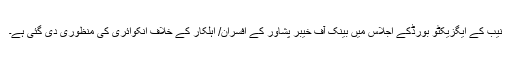
نیب کے ایگزیکٹو بورڈکے اجلاس میں بینک آف خیبر پشاور کے افسران/ اہلکار کے خلاف انکوائری کی منظوری دی گئی ہے۔